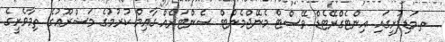
_ ތ.މަޑިފުށީގައި އިންޓެގްރޭޓެޑް ވޭސްޓް މެނޭޖްމެންޓް ސެންޓަރެއް ގާޢިމް ކުރުމުގެ މަޝްރޫޢުގެ ތިމާވެށީގެ